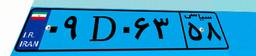
۴۴D۴۵۸۱۵